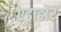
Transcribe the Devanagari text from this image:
एड्राडोर